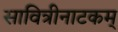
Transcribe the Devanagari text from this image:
सावित्रीनाटकम्